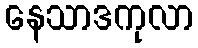
နေသာဒကုလာ